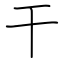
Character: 干